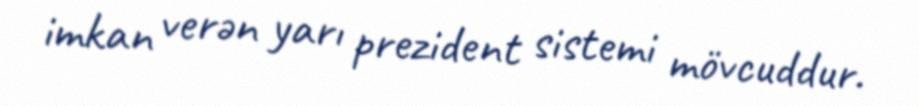
imkan verən yarı prezident sistemi mövcuddur.